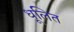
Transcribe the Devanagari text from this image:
धूलित